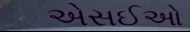
એસઈઓ